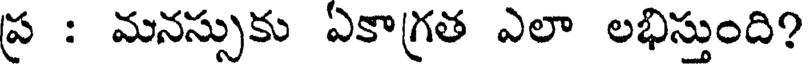
ప్ర : మనస్సుకు ఏకాగ్రత ఎలా లభిస్తుంది?